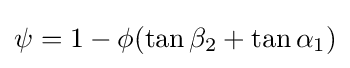
\psi =1-\phi (\tan \beta _{2}+\tan \alpha _{1})